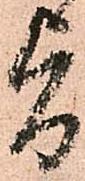
旨